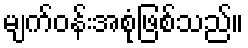
မျက်ဝန်းအစုံဖြစ်သည်။